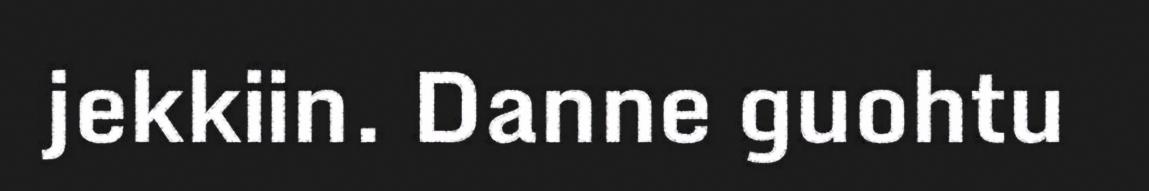
jekkiin. Danne guohtu